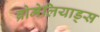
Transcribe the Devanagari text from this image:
ब्रोमेलियाड्स